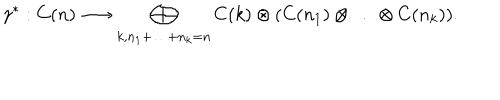
\gamma ^ { * } : C ( n ) \longrightarrow \bigoplus _ { k , n _ { 1 } + \ldots + n _ { k } = n } C ( k ) \otimes ( C ( n _ { 1 } ) \otimes \ldots \otimes C ( n _ { k } ) ) .